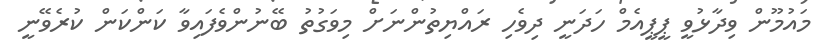
މައުމޫން ވިދާޅުވީ ޕީޕީއެމް ހަދަނީ ދިވެހި ރައްޔިތުންނަށް މިވަގުތު ބޭނުންވެފައިވާ ކަންކަން ކުރެވޭނީ